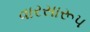
વારસારૂપ